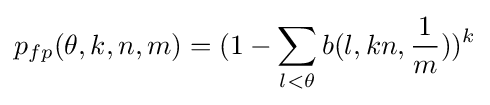
p_{fp}(\theta ,k,n,m)=(1-\sum \limits _{l<\theta }b(l,kn,{\frac {1}{m}}))^{k}